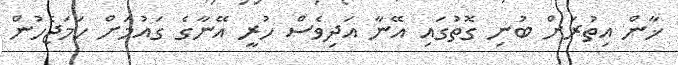
ޚާން އިތުރަށް ބުނި ގޮތުގައި އޭނާ އަދިވެސް ހުރީ އޭނާގެ ގައުމަށް ހަމަޖެހުން